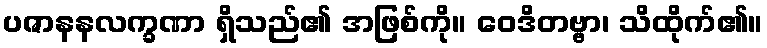
ပဇာနနလက္ခဏာ ရှိသည်၏ အဖြစ်ကို။ ဝေဒိတဗ္ဗာ၊ သိထိုက်၏။